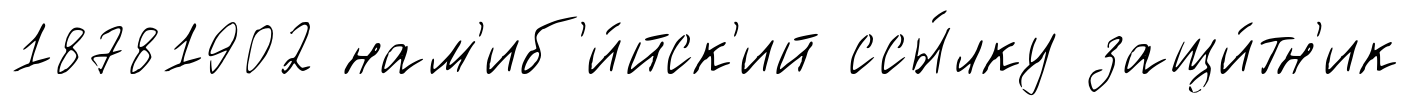
18781902 нам'иб'и́йск'ий ссы́лку защи́тн'ик